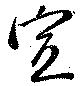
宣